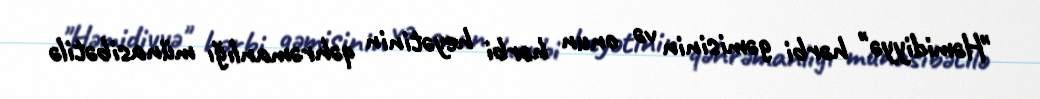
"Həmidiyyə" hərbi gəmisinin və onun hərbi heyətinin qəhrəmanlığı münasibətilə